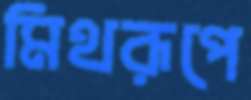
মিথরূপে